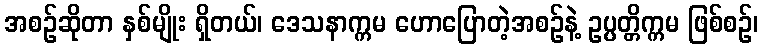
အစဉ်ဆိုတာ နှစ်မျိုး ရှိတယ်၊ ဒေသနာက္ကမ ဟောပြောတဲ့အစဉ်နဲ့ ဥပ္ပတ္တိက္ကမ ဖြစ်စဉ်၊